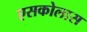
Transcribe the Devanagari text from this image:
एसकोलास